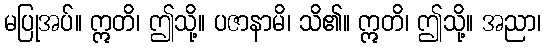
မပြုအပ်။ ဣတိ၊ ဤသို့။ ပဇာနာမိ၊ သိ၏။ ဣတိ၊ ဤသို့။ အညာ၊